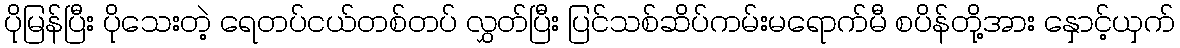
ပိုမြန်ပြီး ပိုသေးတဲ့ ရေတပ်ငယ်တစ်တပ် လွှတ်ပြီး ပြင်သစ်ဆိပ်ကမ်းမရောက်မီ စပိန်တို့အား နှောင့်ယှက်